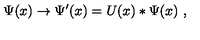
\Psi ( x ) \to \Psi ^ { \prime } ( x ) = U ( x ) * \Psi ( x ) \ ,